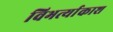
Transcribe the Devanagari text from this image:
विभर्त्याकाश